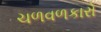
ચળવળકારો